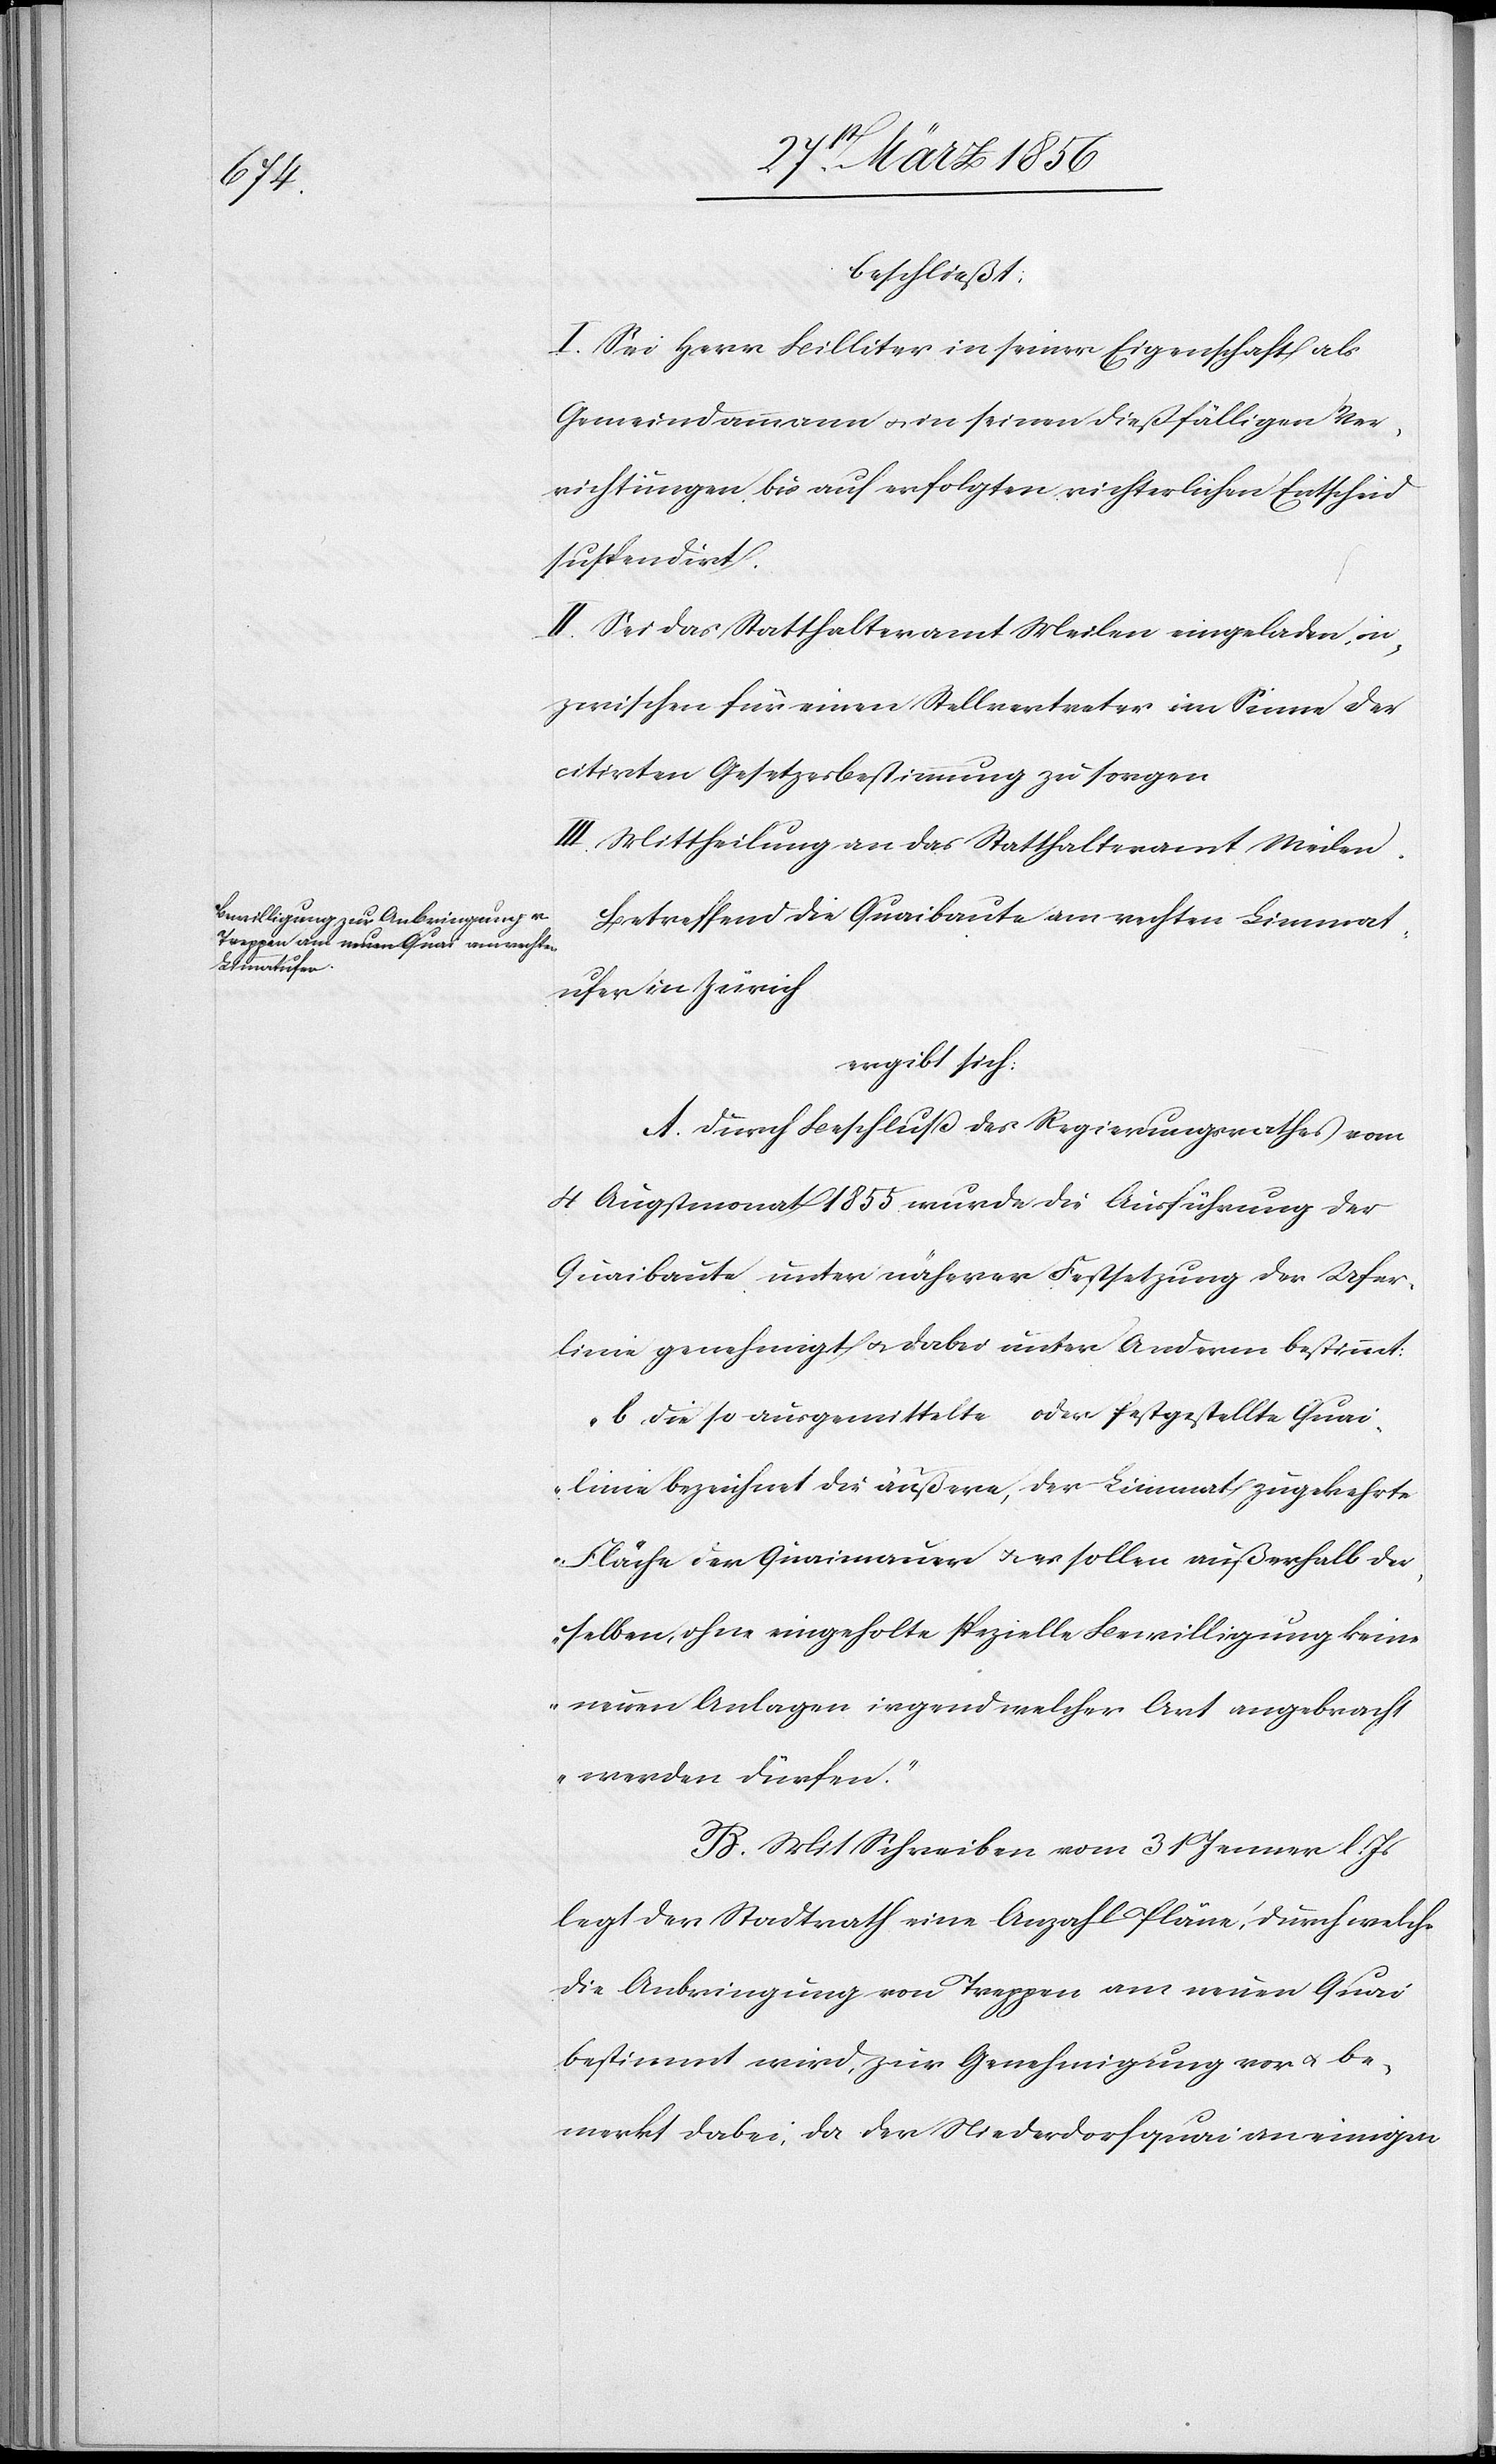
beschließt:
I. Sei Herr Billiter in seiner Eigenschaft als
Gemeindammann u. in seinen dießfälligen Ver¬
richtungen bis auf erfolgten richterlichen Entscheid
suspendirt.
II. Sei das Statthalteramt Meilen eingeladen, in¬
zwischen für einen Stellvertreter im Sinne der
citirten Gesetzesbestimmung zu sorgen[.]
III. Mittheilung an das Statthalteramt Meilen.
Betreffend die Quaibaute am rechten Limmat¬
ufer in Zürich
ergibt sich:
A. Durch Beschluß des Regierungsrath vom
4 Augstmonat 1855 wurde die Ausführung der
Quaibaute unter näherer Festsetzung der Ufer¬
linie genehmigt u. dabei unter Anderm bestimmt:
„b. Die so ausgemittelte oder festgestellte Quai¬
linie bezeichnet die äußere, der Limmat zugekehrte
Fläche der Quaimauer u. es sollen außerhalb der¬
selben, ohne eingeholte spezielle Bewilligung keine
neuen Anlagen irgendwelcher Art angebracht
werden dürfen.“
B. Mit Schreiben vom 31 Jenner l.
legt der Stadtrath eine Anzahl Pläne, durch welche
die Anbringung von Treppen am neuen Quai
bestimmt wird, zur Genehmigung vor u. be¬
merkt dabei, da der Niederdorfquai an einigen